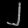
Digit: ၂